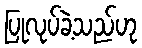
ပြုလုပ်ခဲ့သည်ဟု